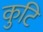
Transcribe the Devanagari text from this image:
कुटि